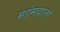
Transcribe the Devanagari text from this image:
महंमदाला